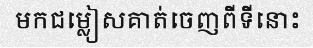
មកជម្លៀសគាត់ចេញពីទីនោះ